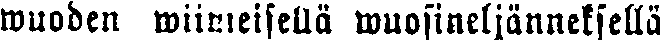
wuoden wiimeisellä wuosineljänneksellä